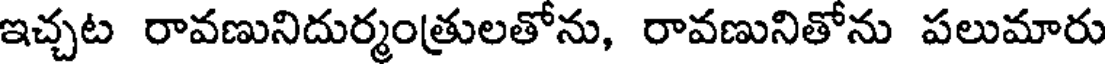
ఇచ్చట రావణునిదుర్మంత్రులతోను, రావణునితోను పలుమారు